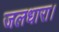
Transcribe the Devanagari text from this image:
जलधारा।